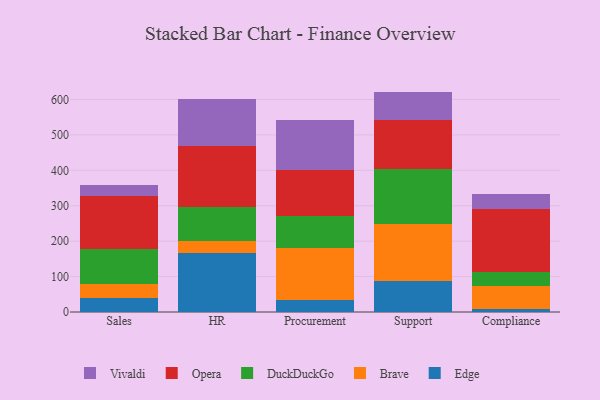
{"axis": {"x": "Department", "y": "Page Views"}, "legend": ["Brave", "DuckDuckGo", "Edge", "Opera", "Vivaldi"], "data": [{"x": "Sales", "y": 40.2, "type": "Edge"}, {"x": "Sales", "y": 37.6, "type": "Brave"}, {"x": "Sales", "y": 100.4, "type": "DuckDuckGo"}, {"x": "Sales", "y": 149.0, "type": "Opera"}, {"x": "Sales", "y": 32.1, "type": "Vivaldi"}, {"x": "HR", "y": 166.2, "type": "Edge"}, {"x": "HR", "y": 34.7, "type": "Brave"}, {"x": "HR", "y": 95.9, "type": "DuckDuckGo"}, {"x": "HR", "y": 170.5, "type": "Opera"}, {"x": "HR", "y": 135.0, "type": "Vivaldi"}, {"x": "Procurement", "y": 33.6, "type": "Edge"}, {"x": "Procurement", "y": 145.9, "type": "Brave"}, {"x": "Procurement", "y": 92.7, "type": "DuckDuckGo"}, {"x": "Procurement", "y": 129.1, "type": "Opera"}, {"x": "Procurement", "y": 139.9, "type": "Vivaldi"}, {"x": "Support", "y": 87.2, "type": "Edge"}, {"x": "Support", "y": 161.4, "type": "Brave"}, {"x": "Support", "y": 153.8, "type": "DuckDuckGo"}, {"x": "Support", "y": 138.5, "type": "Opera"}, {"x": "Support", "y": 81.3, "type": "Vivaldi"}, {"x": "Compliance", "y": 8.5, "type": "Edge"}, {"x": "Compliance", "y": 64.3, "type": "Brave"}, {"x": "Compliance", "y": 39.7, "type": "DuckDuckGo"}, {"x": "Compliance", "y": 179.6, "type": "Opera"}, {"x": "Compliance", "y": 41.9, "type": "Vivaldi"}]}